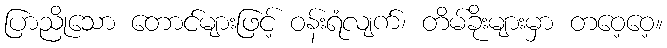
ပြာညိုသော တောင်များဖြင့် ဝန်းရံလျက်၊ တိမ်ခိုးများမှာ တဝေ့ဝေ့။